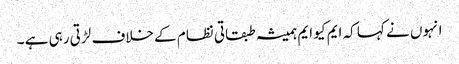
انہوں نے کہا کہ ایم کیو ایم ہمیشہ طبقاتی نظام کے خلاف لڑتی رہی ہے ۔